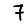
Digit: 7